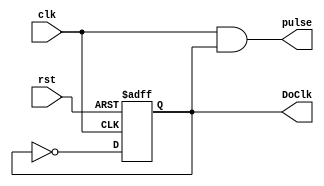
`timescale 1s / 1ms
//////////////////////////////////////////////////////////////////////////////////
// Company: 
// Engineer: 
// 
// Design Name: 
// Module Name: FrequencyDivide
// Project Name: 
// Target Devices: 
// Tool Versions: 
// Description: 
// 
// Dependencies: 
// 
// Revision:
// Revision 0.01 - File Created
// Additional Comments:
// 
//////////////////////////////////////////////////////////////////////////////////


module FrequencyDivide(
    input clk,
    input rst,
    output DoClk,
    output pulse
    );
    reg state;
    always @(posedge clk, posedge rst)
        begin
            if(rst)
                state <= 0;
            else
                state <= ~state;
        end
        
        
           assign DoClk = state;
           assign pulse = clk & DoClk;
endmodule